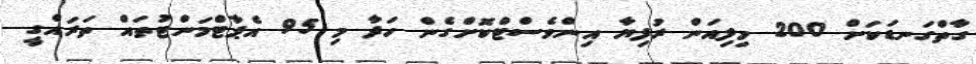
ގާތްގަނޑަކަށް 200 މިލިއަން ރުފިޔާ އިންވެސްޓްކޮށްގެން ހަދާ މި 95 އެޕާޓްމަންޓުތައް ތަރައްގީ